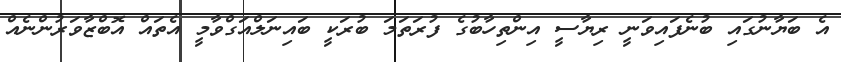
އެ ބަޔާނުގައި ބުނެފައިވަނީ ރިޔާސީ އިންތިހާބުގެ ފުރަތަމަ ބުރަކީ ބައިނަލްއަގްވާމީ އެތައް އޮބްޒާވަރުންނެއް